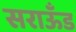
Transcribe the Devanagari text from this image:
सराऊँड